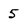
Character: 5